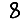
Digit: 8